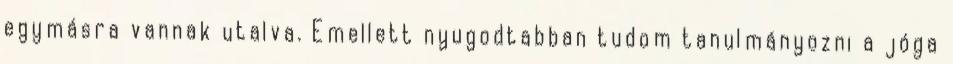
egymásra vannak utalva. Emellett nyugodtabban tudom tanulmányozni a jóga